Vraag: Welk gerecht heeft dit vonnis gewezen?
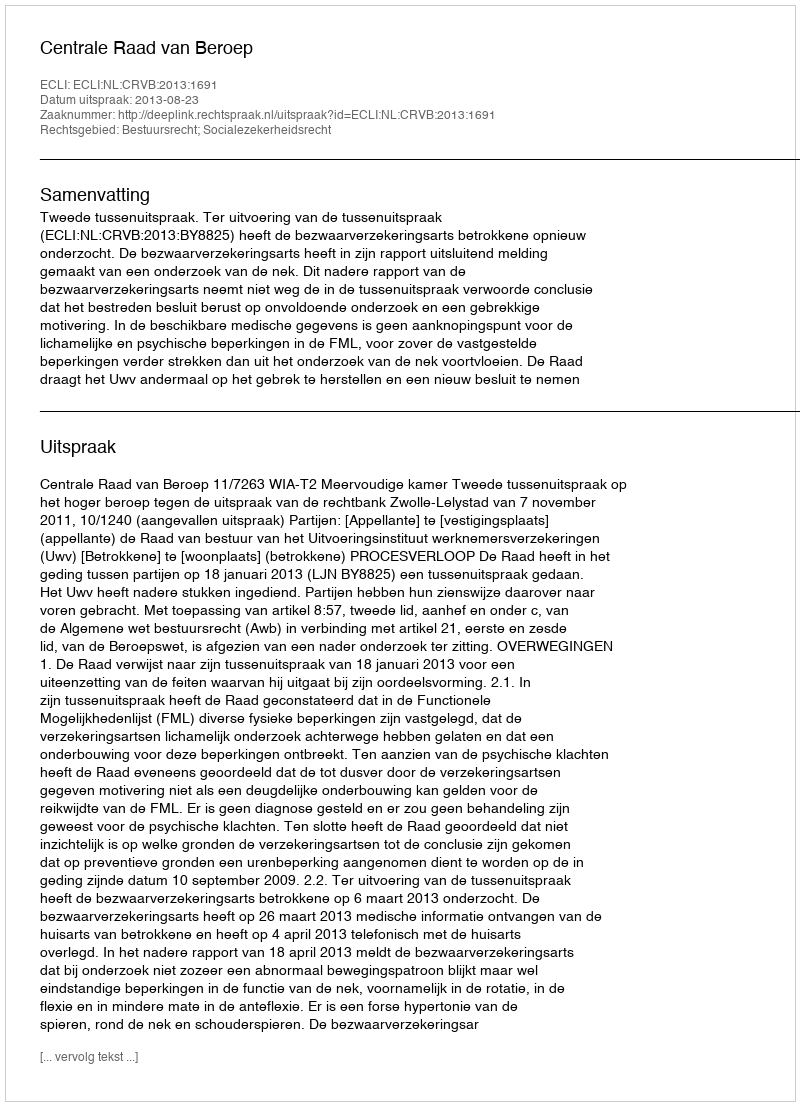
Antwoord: Centrale Raad van Beroep